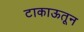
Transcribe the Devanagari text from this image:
टाकाऊतून